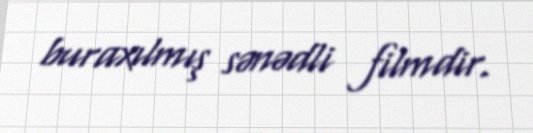
buraxılmış sənədli filmdir.